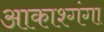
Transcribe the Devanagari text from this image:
आकाश्गंगा